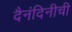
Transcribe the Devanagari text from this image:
दैनंदिनीची